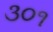
૩૦૧